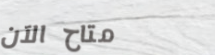
متاح الآن